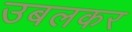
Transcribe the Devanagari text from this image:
उबलकर